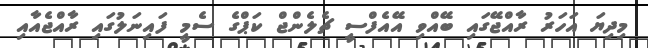
މިދިޔަ އަހަރު ރާއްޖޭގައި ބޭއްވި އޭއެފްސީ ޗެލެންޖް ކަޕްގެ ސެމީ ފައިނަލުގައި ރާއްޖެއާއި